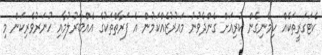
ކެޓަގަރީތަކެއް ހިމެނިގެން ކުރިއަށް ގެންދެވުނު މައުރުޒެއްކަމުން އެ ފަރާތްތަކުގެ އެއްބާރުލުމާއި ހުނަރުވެރިކަން މި